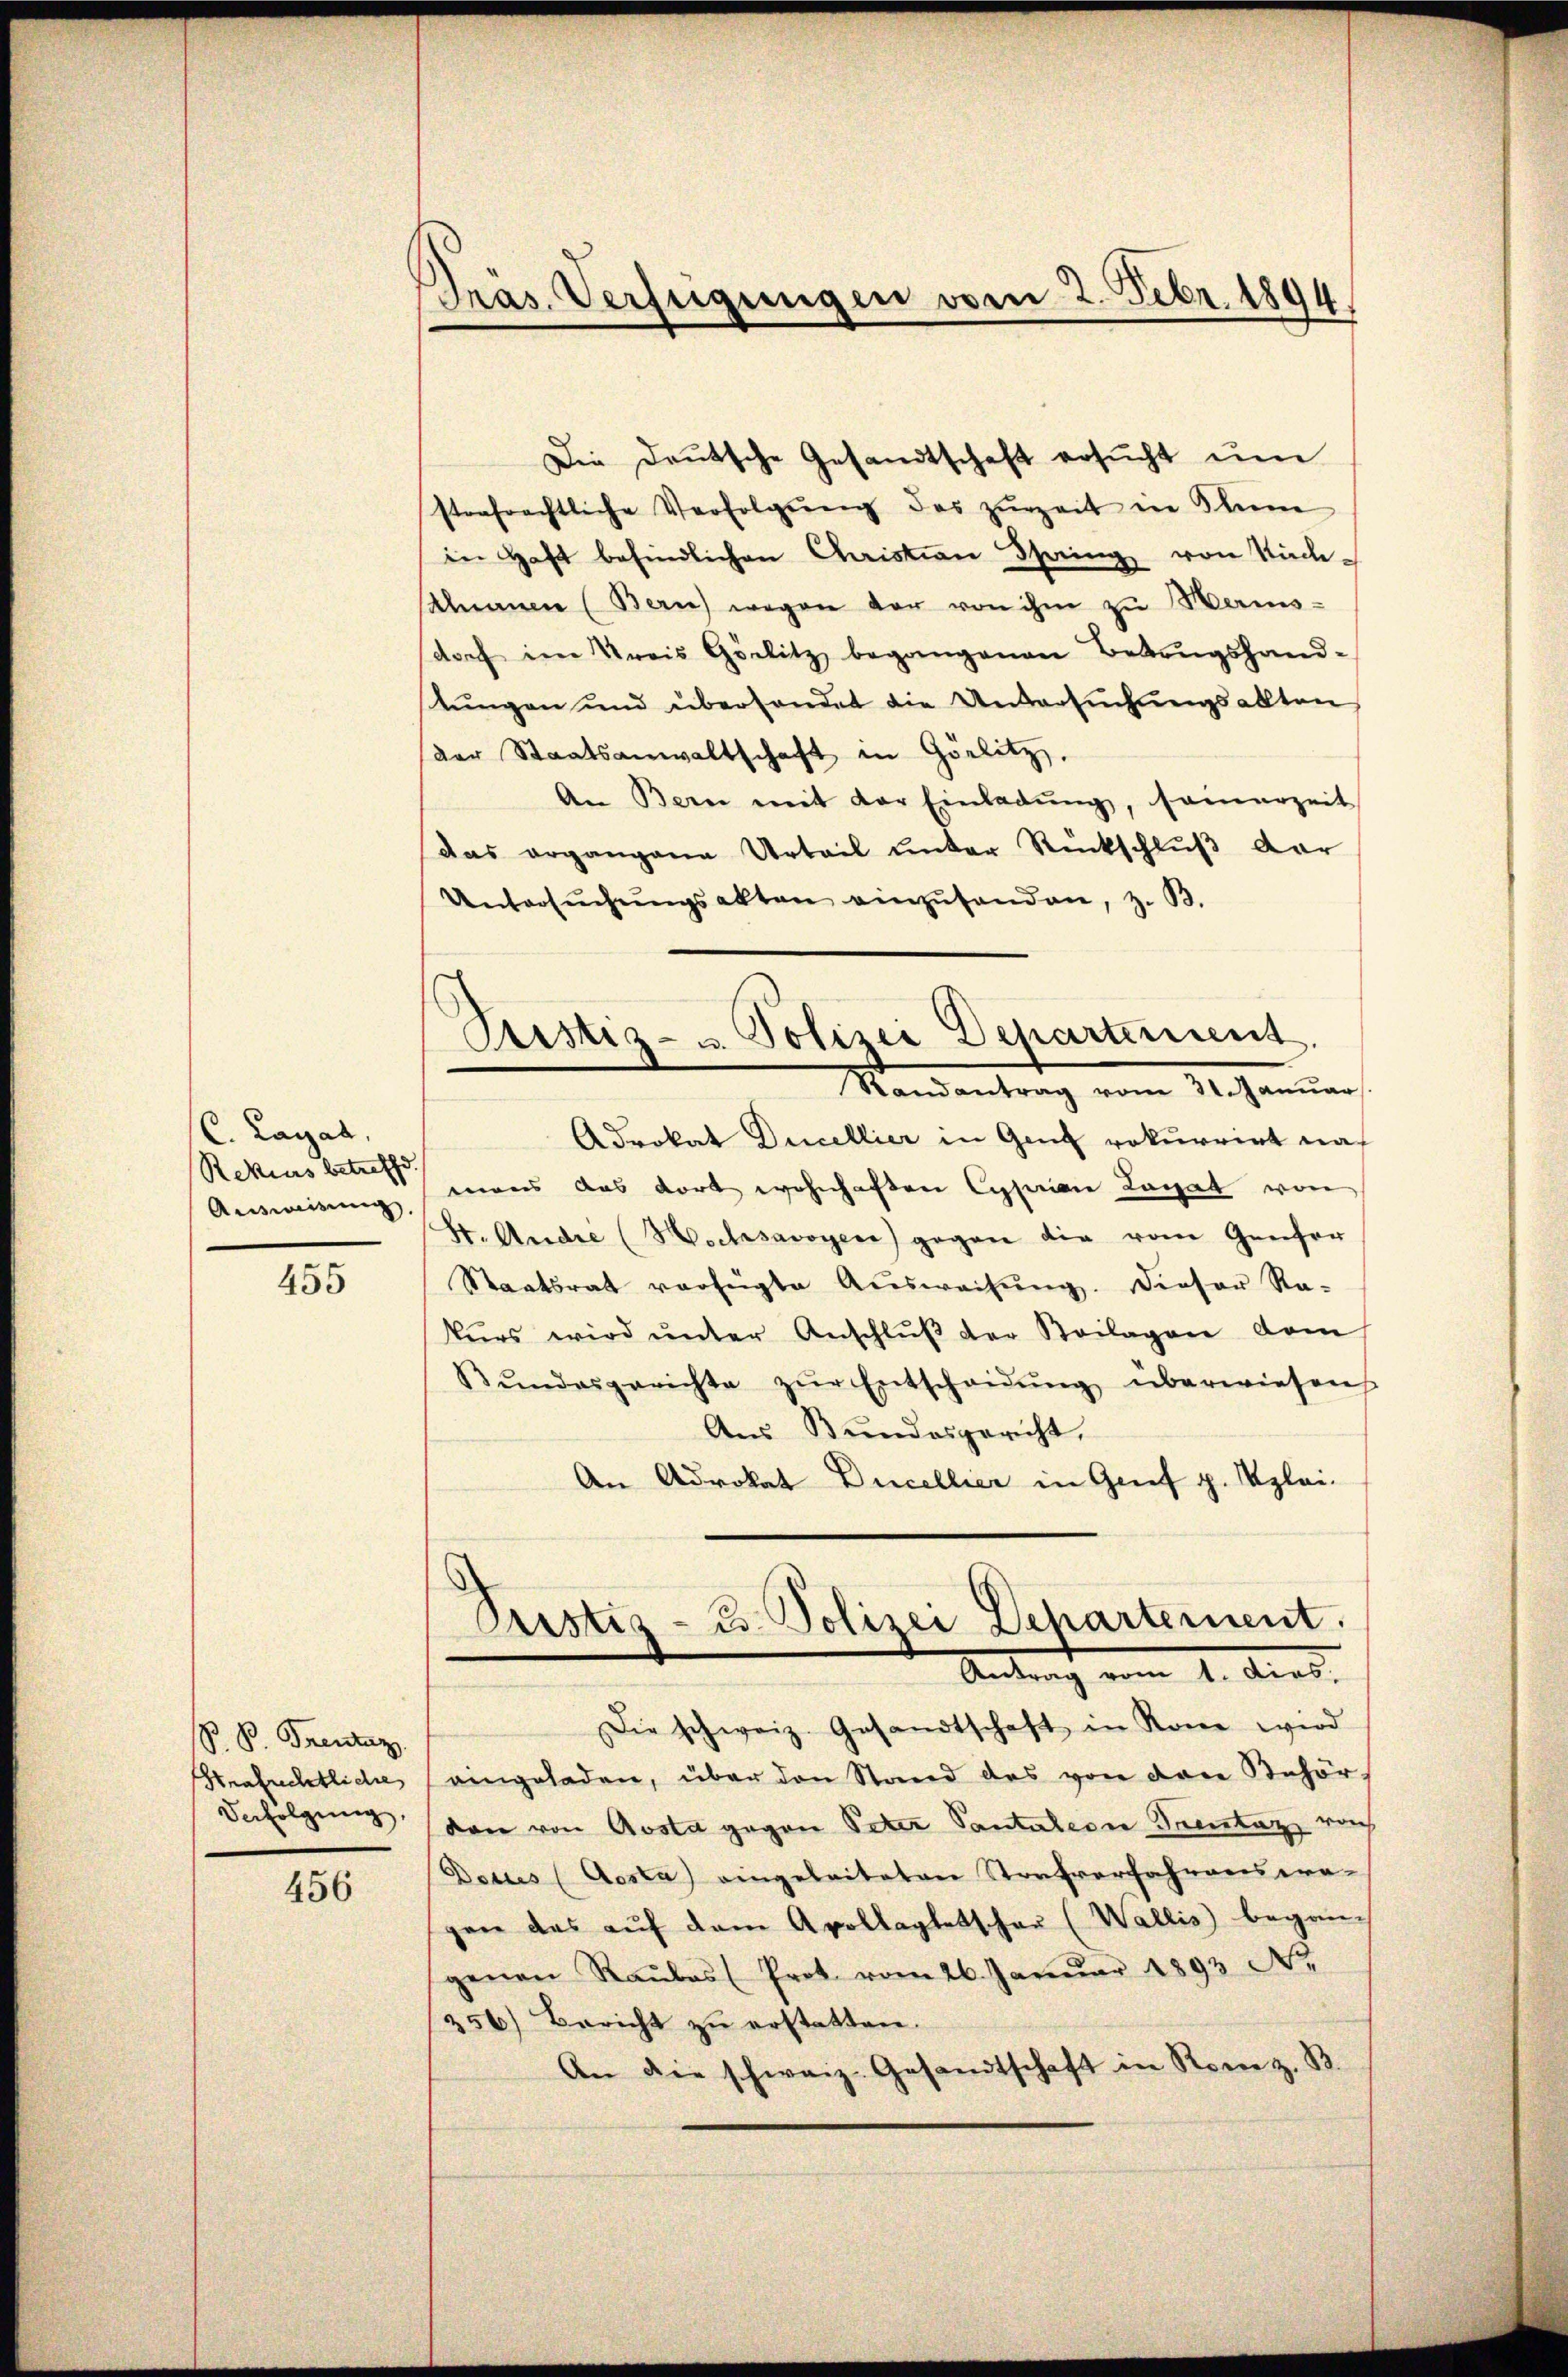
C. Lanal,
Rekurs betreffe.
Ausweisung,

455

S. B. Grentaz
Strafuchtliche
Befolgung,

456

Präs. Verfügungen vom 2. Febr. 1894

Pustiz- u. Polizei Departement.

Die Deutsche Gesandtschaft ersŭcht ŭm
strafrechtliche Verfolgŭng des zŭrzeit in Sin
in Haft befindlichen Christian Spring von Sach¬
Saanen (Bern) wegen der von ihm zu Herens-
doch im Kreis Görlitz begangenen Betrugshand-
tŭngen und überhandet die Untersŭchŭngsakten
der Staatsanwaltschaft in Görlitz.
An Bern mit der Einladŭng, samerzeit
das ergangene Urteil unter Rückschluß dar
Untersŭchŭngsakten einzŭsenden, z. B.
Randantrag vom 31. Janŭar
Adrokat Ducellier in Ganz rekurrirt nach
mans das dort wohnhaften Cesarian Legat von
St. Andre (Wschsavoyen) gegen die vom Genfer
Staatsrat verfügte Aŭsweisŭng. Dieser Ra-
kurs wird ŭnter Anschlŭβ der Beilagen vom
Bŭndesgerichte zŭr Entscheidŭng überwiesen
Aus Bundesgericht,
An Advokat Ducellier in Grief g. Kleid
Pristiz- u. Polizei Departement.
Antrag vom 1. dies.
Die schweiz. Gesandtschaft in Rone wird
eingeladen, über den Stand das von den Behör
den von Aosta gegen Peter Santalern Trentag noch
Dottes (Aosta) eingeleiteten Strafverfahrens era-
gen das auf dem Apollagletschar (Wallis began-
genen Raŭbas (Prot. vom 26. Janŭar 1893 N.
256) Bericht zu erstatten.
An die schweiz. Gesandtschaft in Rome z. B.